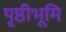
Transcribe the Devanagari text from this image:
पृष्ठीभूमि